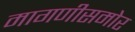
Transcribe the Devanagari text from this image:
मागणीसमोर